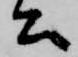
公